Leaving Certificate Examination (including Day School Certificate (Higher) General paper), 1933
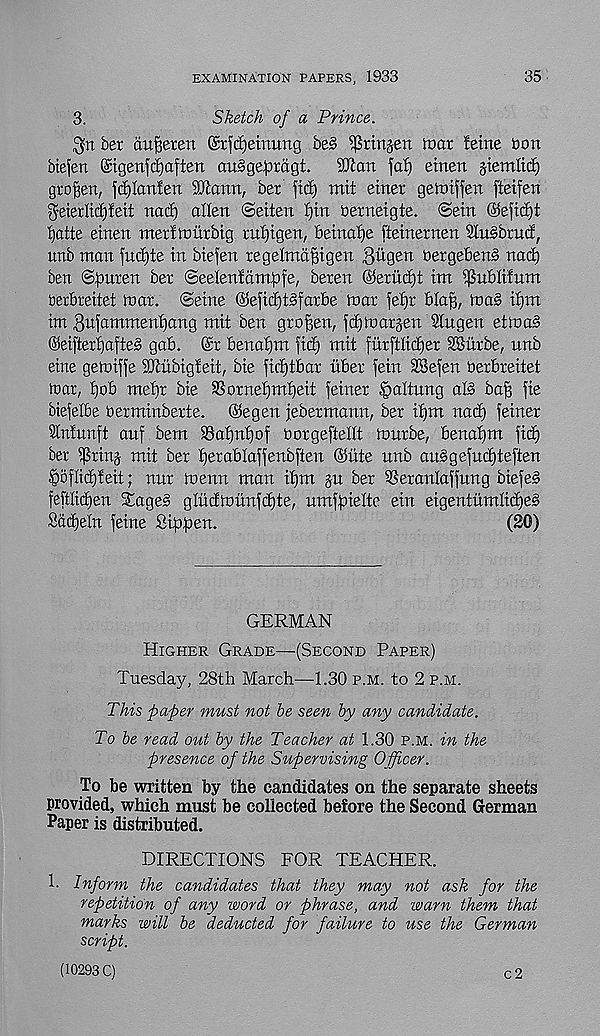
EXAMINATION PAPERS, 1933
35
3.
Sketch of a Prince.
$n ber aufieren Gsrfdjeitttmg be§ ^rinjen mar feme bon
biefen ©igenfcfjaften auSgepragt.
9Jfari faf) etnen giemltcf)
gtofsen, fdjlanfen SJfann, ber jicf) mit etner gemiffen ftetfen
geterlicfifetf nacf) alien ©eiten f)in bernetgfe. ©ein @efid)t
Ijatte etnen merfmitrbtg rnfjtgen, beinafje ffeinernen SCnSbrutf,
unb man fucf)te in biefen regelmdfttgen Qiiqen oergeben§ nacf)
ben ©puren ber ©eelenfampfe, beren ©erucljt tm ^ublifum
rerbreitet mar. ©eine ©efiditSfarbe mar fefjr blag, ma§ if)m
tm 3ufammenf)ang mit ben grogen, fcfgimtgen Slugen etma§
@eifterf)afte§ gab. ©r benafjm fid) mit ftirftlid)er SBitrbe, unb
eine gemiffe SJiiibigfeit, bie ficfjtbar ttber fein 2Sefen berbreitet
toar, f)ob mef)r bie SSornefjmfjeit feiner §altung oJ3 ba§ fie
biefelbe berminberte. @egen jebermann, ber ifjnt nad) feiner
Infunft auf bem 23af)nf)of borgeftelft murbe, benafjm fid)
ber $rin$ mit ber fjerablaffenbften @ute unb au§gefud)teften
fDoflicbfeit; nnr menu man if)m gu ber 5SeranIaffnng biefe§
feftlidjen Sage§ gludmtinfdjte, umfgielte ein eigentnmlid)e§
Sadjeln feme Sipgen.
(20)
GERMAN
Higher Grade—(Second Paper)
Tuesday, 28th March—1.30 p.m. to 2 p.m.
This paper must not be seen by any candidate.
To be read out by the Teacher at 1.30 p.m. in the
presence of the Supervising Officer.
To be written by the candidates on the separate sheets
provided, which must be collected before the Second German
Paper is distributed.
DIRECTIONS FOR TEACHER.
1. Inform the candidates that they may not ask for the
repetition of any word or phrase, and warn them that
marks will be deducted for failure to use the German
script.
(10293 C)
c 2